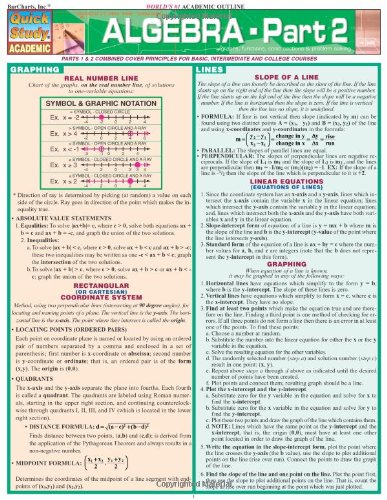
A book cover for Algebra, Part 2 (Quick Study); S. B. Kizlik; Science & Math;